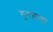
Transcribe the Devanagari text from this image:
गूगलला